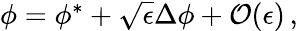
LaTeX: \begin{array}{r}{\phi=\phi^{*}+\sqrt{\epsilon}\Delta\phi+\mathcal{O}(\epsilon)\, ,}\end{array}